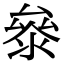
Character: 𭆤